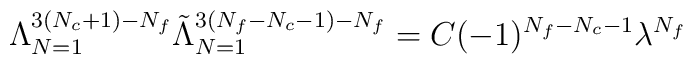
\Lambda_{N=1}^{3(N_{c}+1)-N_{f}}\tilde{\Lambda}_{N=1}^{3(N_{f}-N_{c}-1)-N_{f}}= C (-1)^{N_{f}-N_{c}-1} \lambda^{N_{f}}